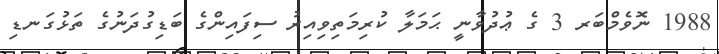
1988 ނޮވެމްބަރ 3 ގެ ޢުދުވާނީ ޙަމަލާ ކުރިމަތިވިއިރު ސިފައިންގެ ބަޑިގުދަނުގެ ތަޅުގަނޑި